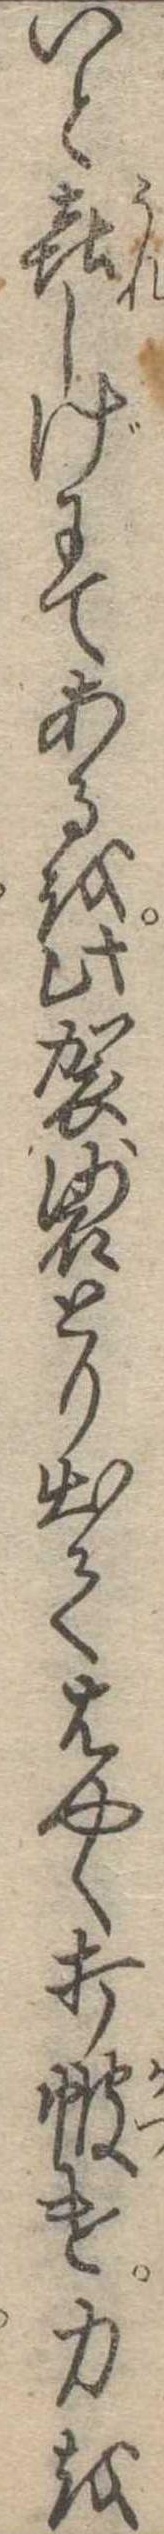
いと喜しげにてあるを此袈裟とり出てはやく打け力を